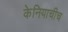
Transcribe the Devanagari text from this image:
केनियाचीच